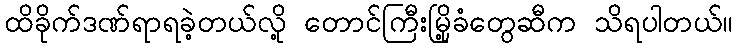
ထိခိုက်ဒဏ်ရာရခဲ့တယ်လို့ တောင်ကြီးမြို့ခံတွေဆီက သိရပါတယ်။